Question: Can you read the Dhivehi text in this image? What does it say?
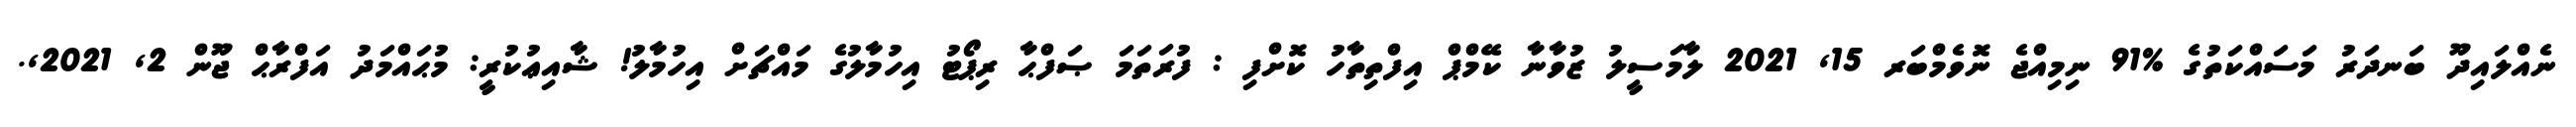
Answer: ނެއްލައިދޫ ބަނދަރު މަސައްކަތުގެ %91 ނިމިއްޖެ ނޮވެމްބަރ 15, 2021 ލާމަސީލު ޒުވާނާ ކޭމްޕް އިފްތިތާހު ކޮށްފި : ފުރަތަމަ ޞަފްޙާ ރިޕޯޓު އިހުމާލުގެ މައްޗަށް އިހުމާލު! ޝާއިޢުކުރީ: މުޙައްމަދު އަފްރާޙް ޖޫން 2, 2021,.